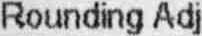
ROUNDING ADJ